Bombay plague: being a history of the progress of plague in the Bombay presidency from September 1896 to June 1899
Year: 1896
Disease focus: Plague
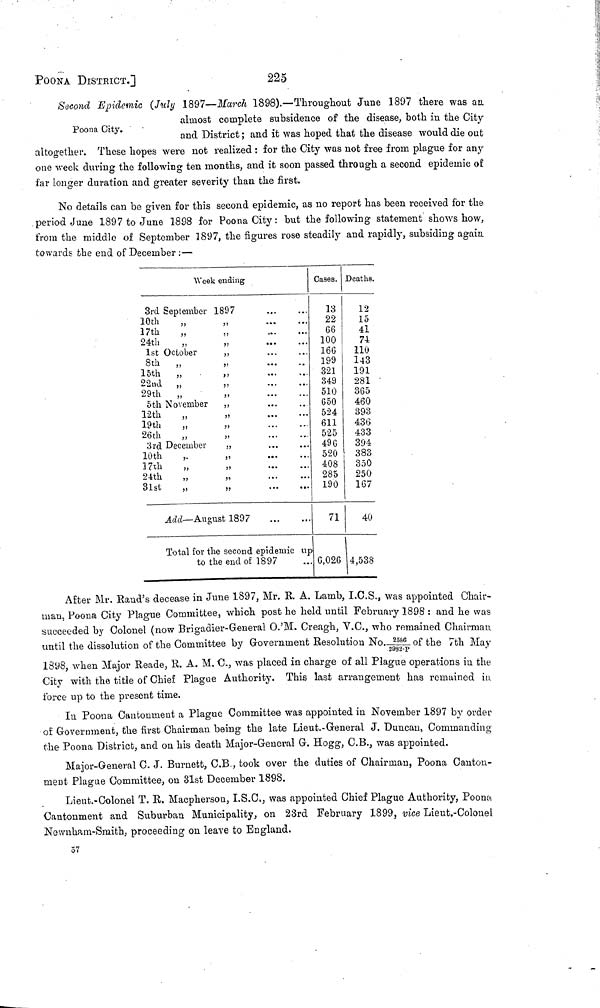
POONA DISTRICT.]
225
Second Epidemic (July 1897—March 1898).—Throughout June 1897 there was an
Poona City.
almost complete subsidence of the disease, both in the City
and District ; and it was hoped that the disease would die out
altogether. These hopes were not realized : for the City was not free from plague for any
one week during the following ten months, and it soon passed through a second epidemic of
far longer duration and greater severity than the first.
No details can be given for this second epidemic, as no report has been received for the
period June 1897 to June 1898 for Poona City: but the following statement shows how,
from the middle of September 1897, the figures rose steadily and rapidly, subsiding again
towards the end of December :—
Week ending
3rd September
10th
„
17th ,,
24th ,,
1st October
8th
„
15th
„
22nd „
29th
„
5th November
12th ,,
19th ,,
26th ,,
3rd December
10th ,,
17th ,,
24th
,,
31st
,,
L897
Add—August 1897
...
...
...
...
...
...
...
...
...
...
...
...
...
...
...
...
...
...
...
...
...
Cases.
13
22
66
100
166
199
321
349
510
650
524
611
525
496
520
408
285
190
71
Deaths.
12
15
41
74
110
143
191
281
365
460
393
436
433
394
383
350
250
167
40
Total for the second epidemic up
to the end of 1897
... 6,026 4,538
After Mr. Rand's decease in June 1897, Mr. R. A. Lamb, I.C.S., was appointed Chair-
man, Poona City Plague Committee, which post he held until February 1898 : and he was
succeeded by Colonel (now Brigadier-General O.'M. Creagh, V.C., who remained Chairman
until the dissolution of the Committee by Government Resolution No. 2586/2982-P of the 7th May
1898, when Major Reade, R. A. M. C., was placed in charge of all Plague operations in the
City with the title of Chief Plague Authority. This last arrangement has remained in
force up to the present time.
In Poona Cantonment a Plague Committee was appointed in November 1897 by order
of Government, the first Chairman being the late Lieut.-General J. Duncan, Commanding
the Poona District, and on his death Major-General G. Hogg, C.B., was appointed.
Major-General C. J. Burnett, C.B., took over the duties of Chairman, Poona Canton-
meut Plague Committee, on 31st December 1898.
Lieut.-Colonel T. R. Macpherson, I.S.C,, was appointed Chief Plague Authority, Poona
Cantonment and Suburban Municipality, on 23rd February 1899, vice Lieut.-Colonel
Newnham-Smith, proceeding on leave to England.
57